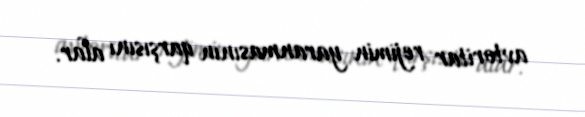
avtoritar rejimin yaranmasının qarşısını alar.